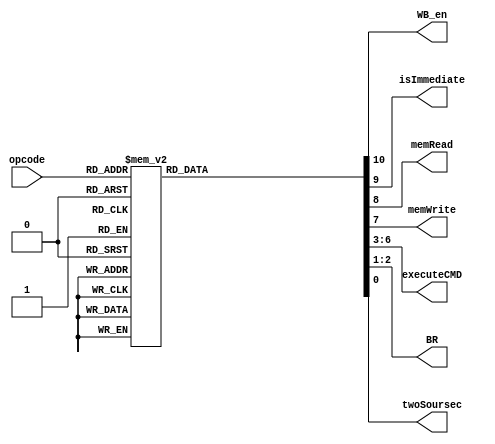
module controlUnit (input[5:0] opcode,output reg WB_en, isImmediate, memRead, memWrite, output reg[3:0]executeCMD, output reg[1:0]BR,output reg twoSoursec);
	always@(opcode)begin
	{WB_en, isImmediate, memRead, memWrite, executeCMD,BR,twoSoursec} = 11'd0;
	case(opcode)
		6'd0 : begin {WB_en, isImmediate, memRead, memWrite, executeCMD,BR,twoSoursec} = 11'd0; end //NOp
		6'd1 : begin {WB_en, isImmediate, memRead, memWrite, executeCMD,BR,twoSoursec} = 11'b10000001001; end //ADD
		6'd3 : begin {WB_en, isImmediate, memRead, memWrite, executeCMD,BR,twoSoursec} = 11'b10000010001; end //SUB
		6'd5 : begin {WB_en, isImmediate, memRead, memWrite, executeCMD,BR,twoSoursec} = 11'b10000011001; end //AND
		6'd6 : begin {WB_en, isImmediate, memRead, memWrite, executeCMD,BR,twoSoursec} = 11'b10000100001; end //OR
		6'd7 : begin {WB_en, isImmediate, memRead, memWrite, executeCMD,BR,twoSoursec} = 11'b10000101001; end //NOR
		6'd8 : begin {WB_en, isImmediate, memRead, memWrite, executeCMD,BR,twoSoursec} = 11'b10000110001; end //XOR
		6'd9 : begin {WB_en, isImmediate, memRead, memWrite, executeCMD,BR,twoSoursec} = 11'b10000111001; end //SHIFT LEFT
		6'd10 : begin {WB_en, isImmediate, memRead, memWrite, executeCMD,BR,twoSoursec} = 11'b10001000001; end //SLL SHIFT LEFT LOGIC
		6'd11: begin {WB_en, isImmediate, memRead, memWrite, executeCMD,BR,twoSoursec} = 11'b10001001001; end //SHIFT RIGHT SRA
		6'd12: begin {WB_en, isImmediate, memRead, memWrite, executeCMD,BR,twoSoursec} = 11'b10001010001; end //SHIFT RIGHT LOGIC
		6'd32 : begin {WB_en, isImmediate, memRead, memWrite, executeCMD,BR,twoSoursec} = 11'b11000001000; end //ADDI
		6'd33 : begin {WB_en, isImmediate, memRead, memWrite, executeCMD,BR,twoSoursec} = 11'b11000010000; end //SUBI
		6'd36 : begin {WB_en, isImmediate, memRead, memWrite, executeCMD,BR,twoSoursec} = 11'b11100001000; end //LD
		6'd37 : begin {WB_en, isImmediate, memRead, memWrite, executeCMD,BR,twoSoursec} = 11'b01010001001; end //ST mem(rs1+offsert)<= rs
		6'd40 : begin {WB_en, isImmediate, memRead, memWrite, executeCMD,BR,twoSoursec} = 11'b01000000010; end //BEZ 
		6'd41 : begin {WB_en, isImmediate, memRead, memWrite, executeCMD,BR,twoSoursec} = 11'b01000000101; end //BNE
		6'd42 : begin {WB_en, isImmediate, memRead, memWrite, executeCMD,BR,twoSoursec} = 11'b01000000110; end //JMP
	endcase
	end
endmodule